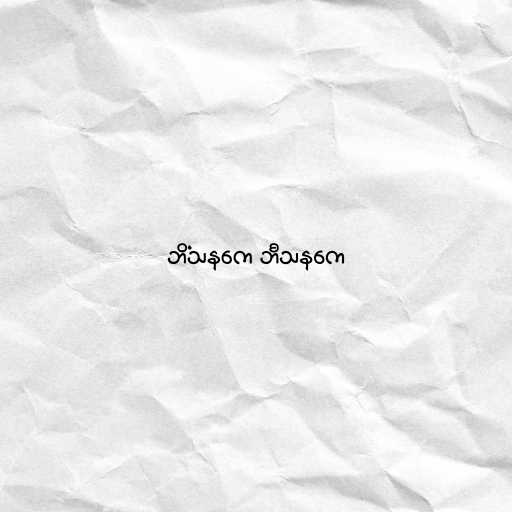
ဘိံသနကေ ဘီသနကေ